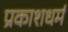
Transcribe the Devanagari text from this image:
प्रकाशधर्म